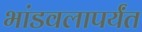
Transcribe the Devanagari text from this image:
भांडवलापर्यंत